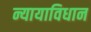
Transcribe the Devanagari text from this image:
न्यायाविधान